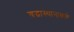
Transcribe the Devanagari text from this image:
श्रद्धास्थानाकडे